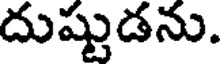
దుష్టుడను.